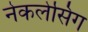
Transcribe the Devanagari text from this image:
नेकलेसिंग